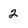
Character: 2